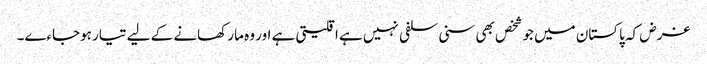
غرض کہ پاکستان میں جو شخص بھی سنی سلفی نہیں ہے اقلیتی ہے اور وہ مار کھانے کے لیے تیار ہوجاءے۔